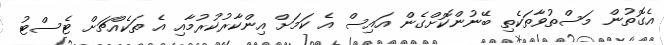
އެގޮތުން މަސްތުވާތަކެތި ބޭނުންކޮށްގެން އައިސް އެ ކަމަށް އިންކާރުކުރުމާއި އެ ތަކެއްޗަށް ޓެސްޓު